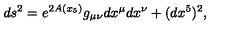
d s ^ { 2 } = e ^ { 2 A ( x _ { 5 } ) } g _ { \mu \nu } d x ^ { \mu } d x ^ { \nu } + ( d x ^ { 5 } ) ^ { 2 } ,